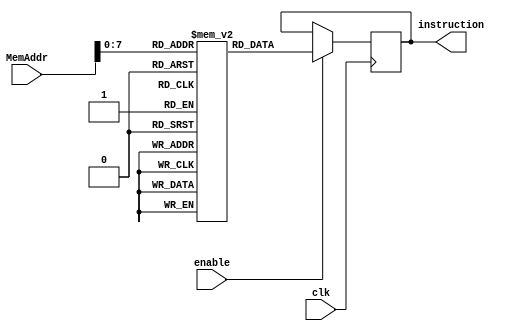
`timescale 1ns / 1ps
//////////////////////////////////////////////////////////////////////////////////
// Company: 
// 
// Design Name: Instruction Memory Unit
// Module Name: InstrMem
// Project Name: 
// Target Devices: 
// Tool Versions: 
// Description: Instruction memory, each instruction is referred to by the program counter
// 
// Dependencies: 
// 
// Revision:
// Revision 0.01 - File Created
// Additional Comments:
// 
//////////////////////////////////////////////////////////////////////////////////


module InstrMem(

output reg [15:0] instruction,  // Instruction Output
input enable,                   // Memory enable
input [11:0] MemAddr,           // Address input (Program counter)
input clk
    );
    
     reg [15:0] Memory [255:0]; // 255 word length of 16 bits
     
     always @ (posedge clk) begin
         if (enable) begin
            instruction = Memory[MemAddr]; // Output the contents referred to by the address
         end
     end
     
     
     initial begin  // Test instructions
        Memory[0] = 'b011_0_000000000000;  // INCR Accumulator by one
        Memory[1] = 'b000_0_000000000000;  // invert
        Memory[2] = 'b000_0_000000000000;  // invert
        Memory[3] = 'b001_0_000000000010;  // add with carry
        Memory[4] = 'b001_0_000000000000;  // add with carry
        Memory[5] = 'b001_0_000000000001;  // add with carry
        Memory[6] = 'b001_0_000000000010;  // add with carry
        Memory[7] = 'b000_0_000000000000;  // add with carry
        Memory[8] = 'b010_1_000000000000;  // Jump to beginning of program
     end
endmodule